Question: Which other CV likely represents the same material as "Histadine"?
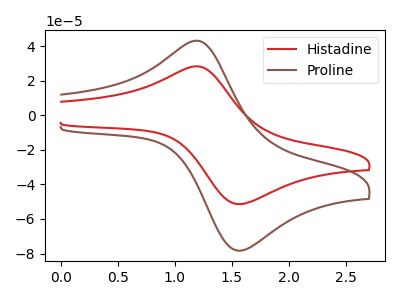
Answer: <think>The red curve "Histadine" has an anodic peak at (1.20V, 28.35uA) and a cathodic peak at (1.60V, -51.20uA). The brown curve "Proline" has an anodic peak at (1.20V, 43.15uA) and a cathodic peak at (1.60V, -78.05uA).
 All the peaks in "Histadine" have a peak in "Proline" at the same potential. Every peak in "Histadine" is lower than every peak in "Proline".</think>
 <answer>The CV with the most similar shape to "Proline" is "Histadine".</answer>
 <eval>"Histadine"</eval>